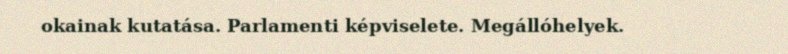
okainak kutatása. Parlamenti képviselete. Megállóhelyek.